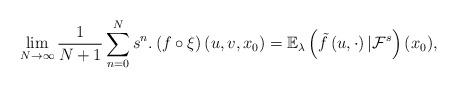
LaTeX: \begin{align*}\lim_{N\to\infty}\frac{1}{N+1}\sum_{n=0}^{N}s^{n}.\left(f\circ\xi\right)\left(u,v,x_{0}\right)=\mathbb{E}_{\lambda}\left(\tilde{f}\left(u,\cdot\right)|\mathcal{F}^{s}\right)(x_{0}),\end{align*}